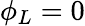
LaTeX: \phi_{L}=0